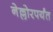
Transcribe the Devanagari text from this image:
नेल्लोरपर्यंत